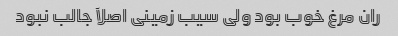
ران مرغ خوب بود ولی سیب زمینی اصلآ جالب نبود